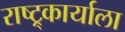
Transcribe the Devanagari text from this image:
राष्ट्र्कार्याला